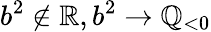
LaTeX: b^{2}\notin\mathbb{R},b^{2}\to\mathbb{Q}_{<0}